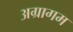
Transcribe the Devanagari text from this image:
अग्रागम